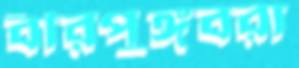
বীরপুঙ্গবরা